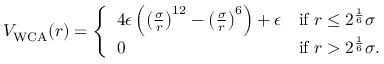
\begin{array} { r } { V _ { \mathrm { W C A } } ( r ) = \left\{ \begin{array} { l l } { 4 \epsilon \left( \left( \frac { \sigma } { r } \right) ^ { 1 2 } - \left( \frac { \sigma } { r } \right) ^ { 6 } \right) + \epsilon } & { \mathrm { i f ~ } r \leq 2 ^ { \frac { 1 } { 6 } } \sigma } \\ { 0 } & { \mathrm { i f ~ } r > 2 ^ { \frac { 1 } { 6 } } \sigma . } \end{array} \right. } \end{array}